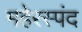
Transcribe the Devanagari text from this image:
महेरस्पंद